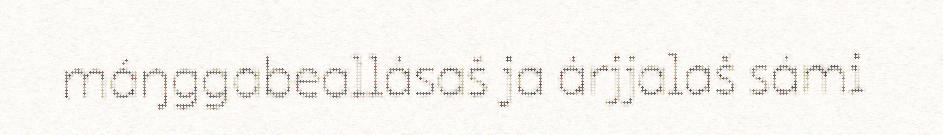
máŋggabeallásaš ja árjjalaš sámi